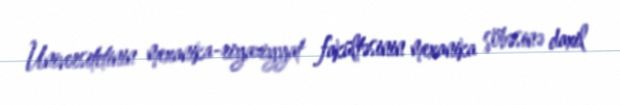
Universitetinin mexanika-riyaziyyat fakültəsinin mexanika şöbəsinə daxil